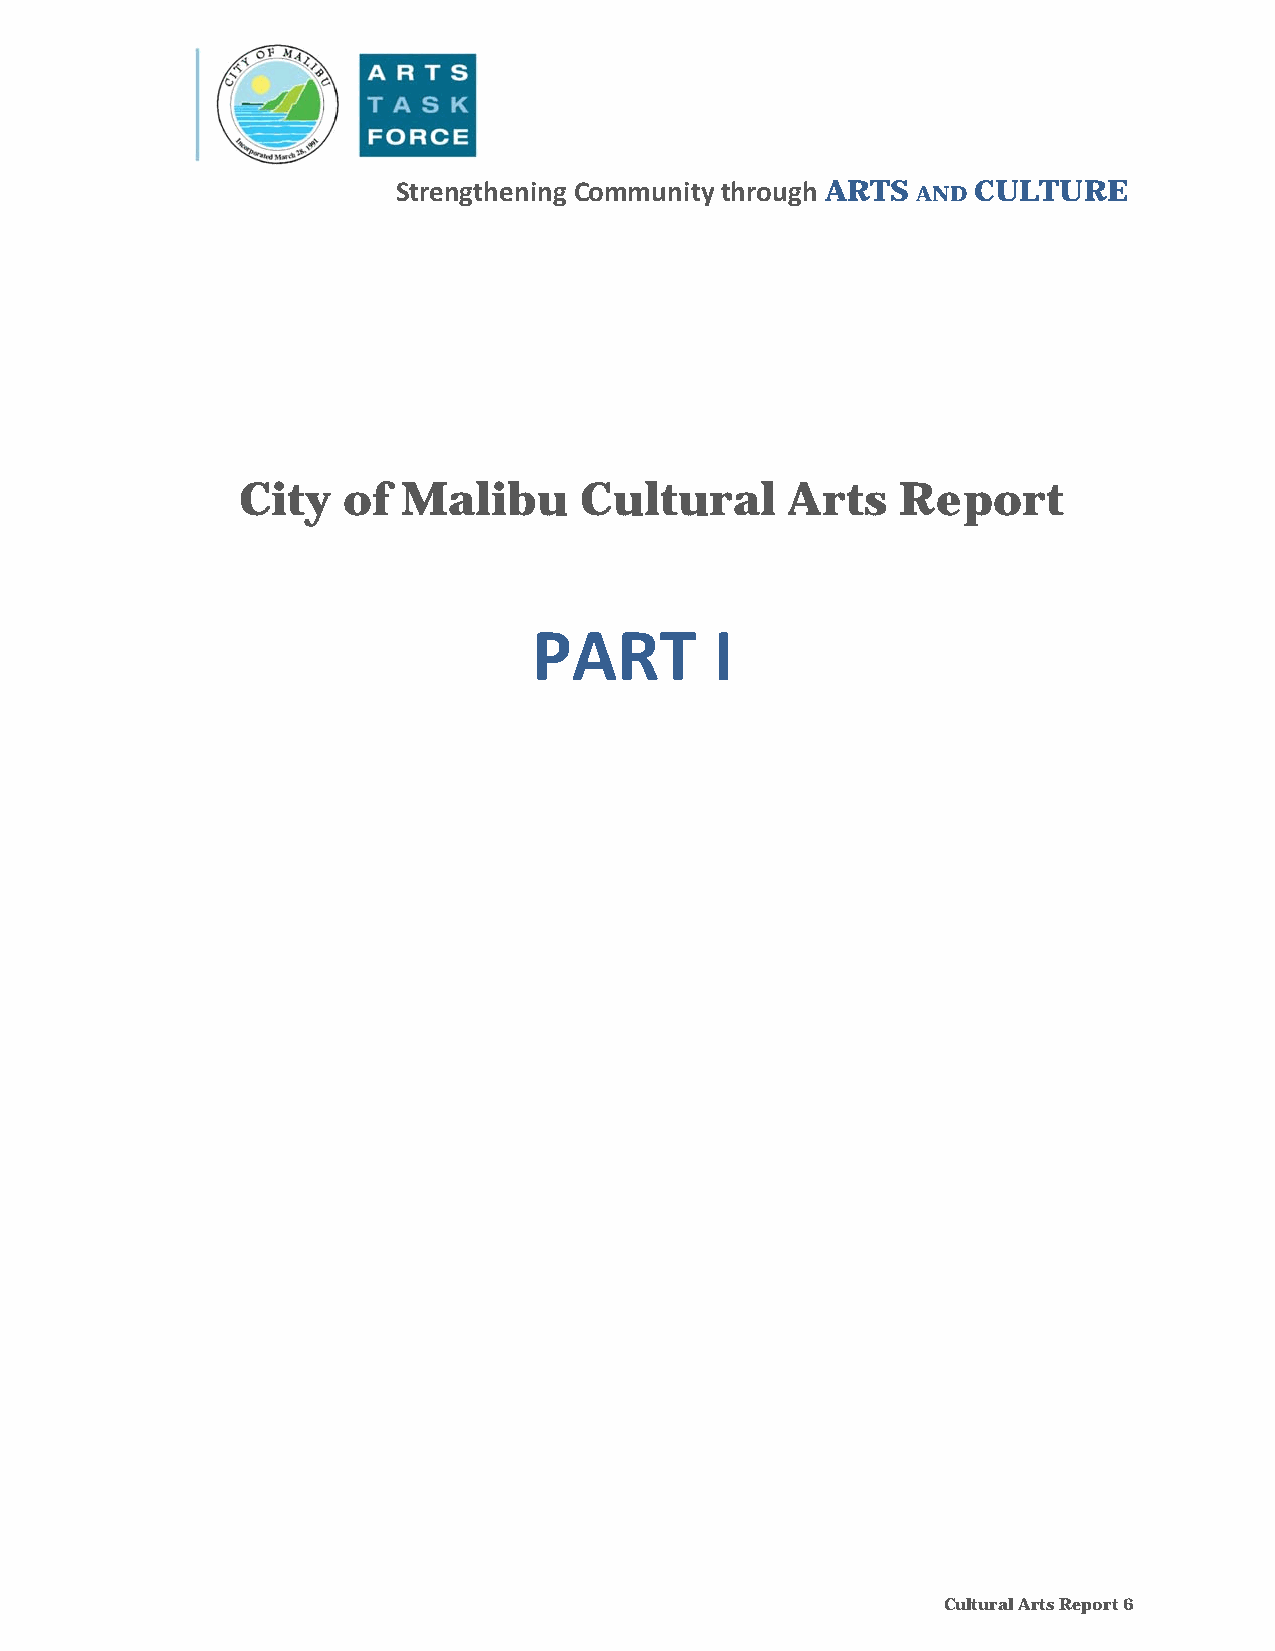
Strengthening Community through ARTS AND CULTURE
 City   of  Malibu     Cultural      Arts    Report
 PART        I
 Cultural Arts Report 6